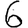
Digit: 6